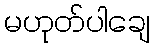
မဟုတ်ပါချေ